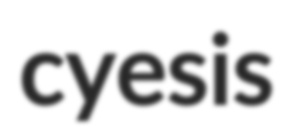
cyesis